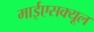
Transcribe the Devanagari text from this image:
माईएसक्यूल